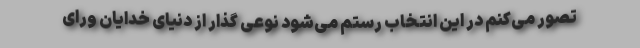
تصور می‌کنم در این انتخاب رستم می‌شود نوعی گذار از دنیای خدایان ورای